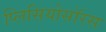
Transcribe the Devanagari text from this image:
प्लिसियोसॉरस